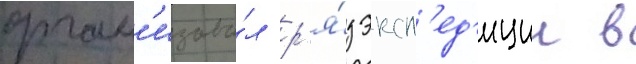
орган'изова́л р'я́д эксп'ед'иции в